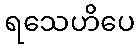
ရသေဟိပေ